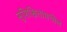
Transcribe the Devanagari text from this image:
सुशिक्षितांमधील